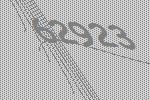
62923